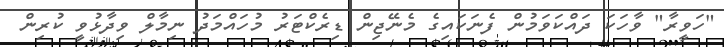
"ހަވީރާ" ވާހަކަ ދައްކަވަމުން ފެނަކައިގެ މެނޭޖިން ޑިރެކްޓަރު މުހައްމަދު ނިމާލް ވިދާޅުވީ ކުރިން